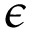
\epsilon